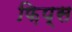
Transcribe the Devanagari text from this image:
फ़िप्स